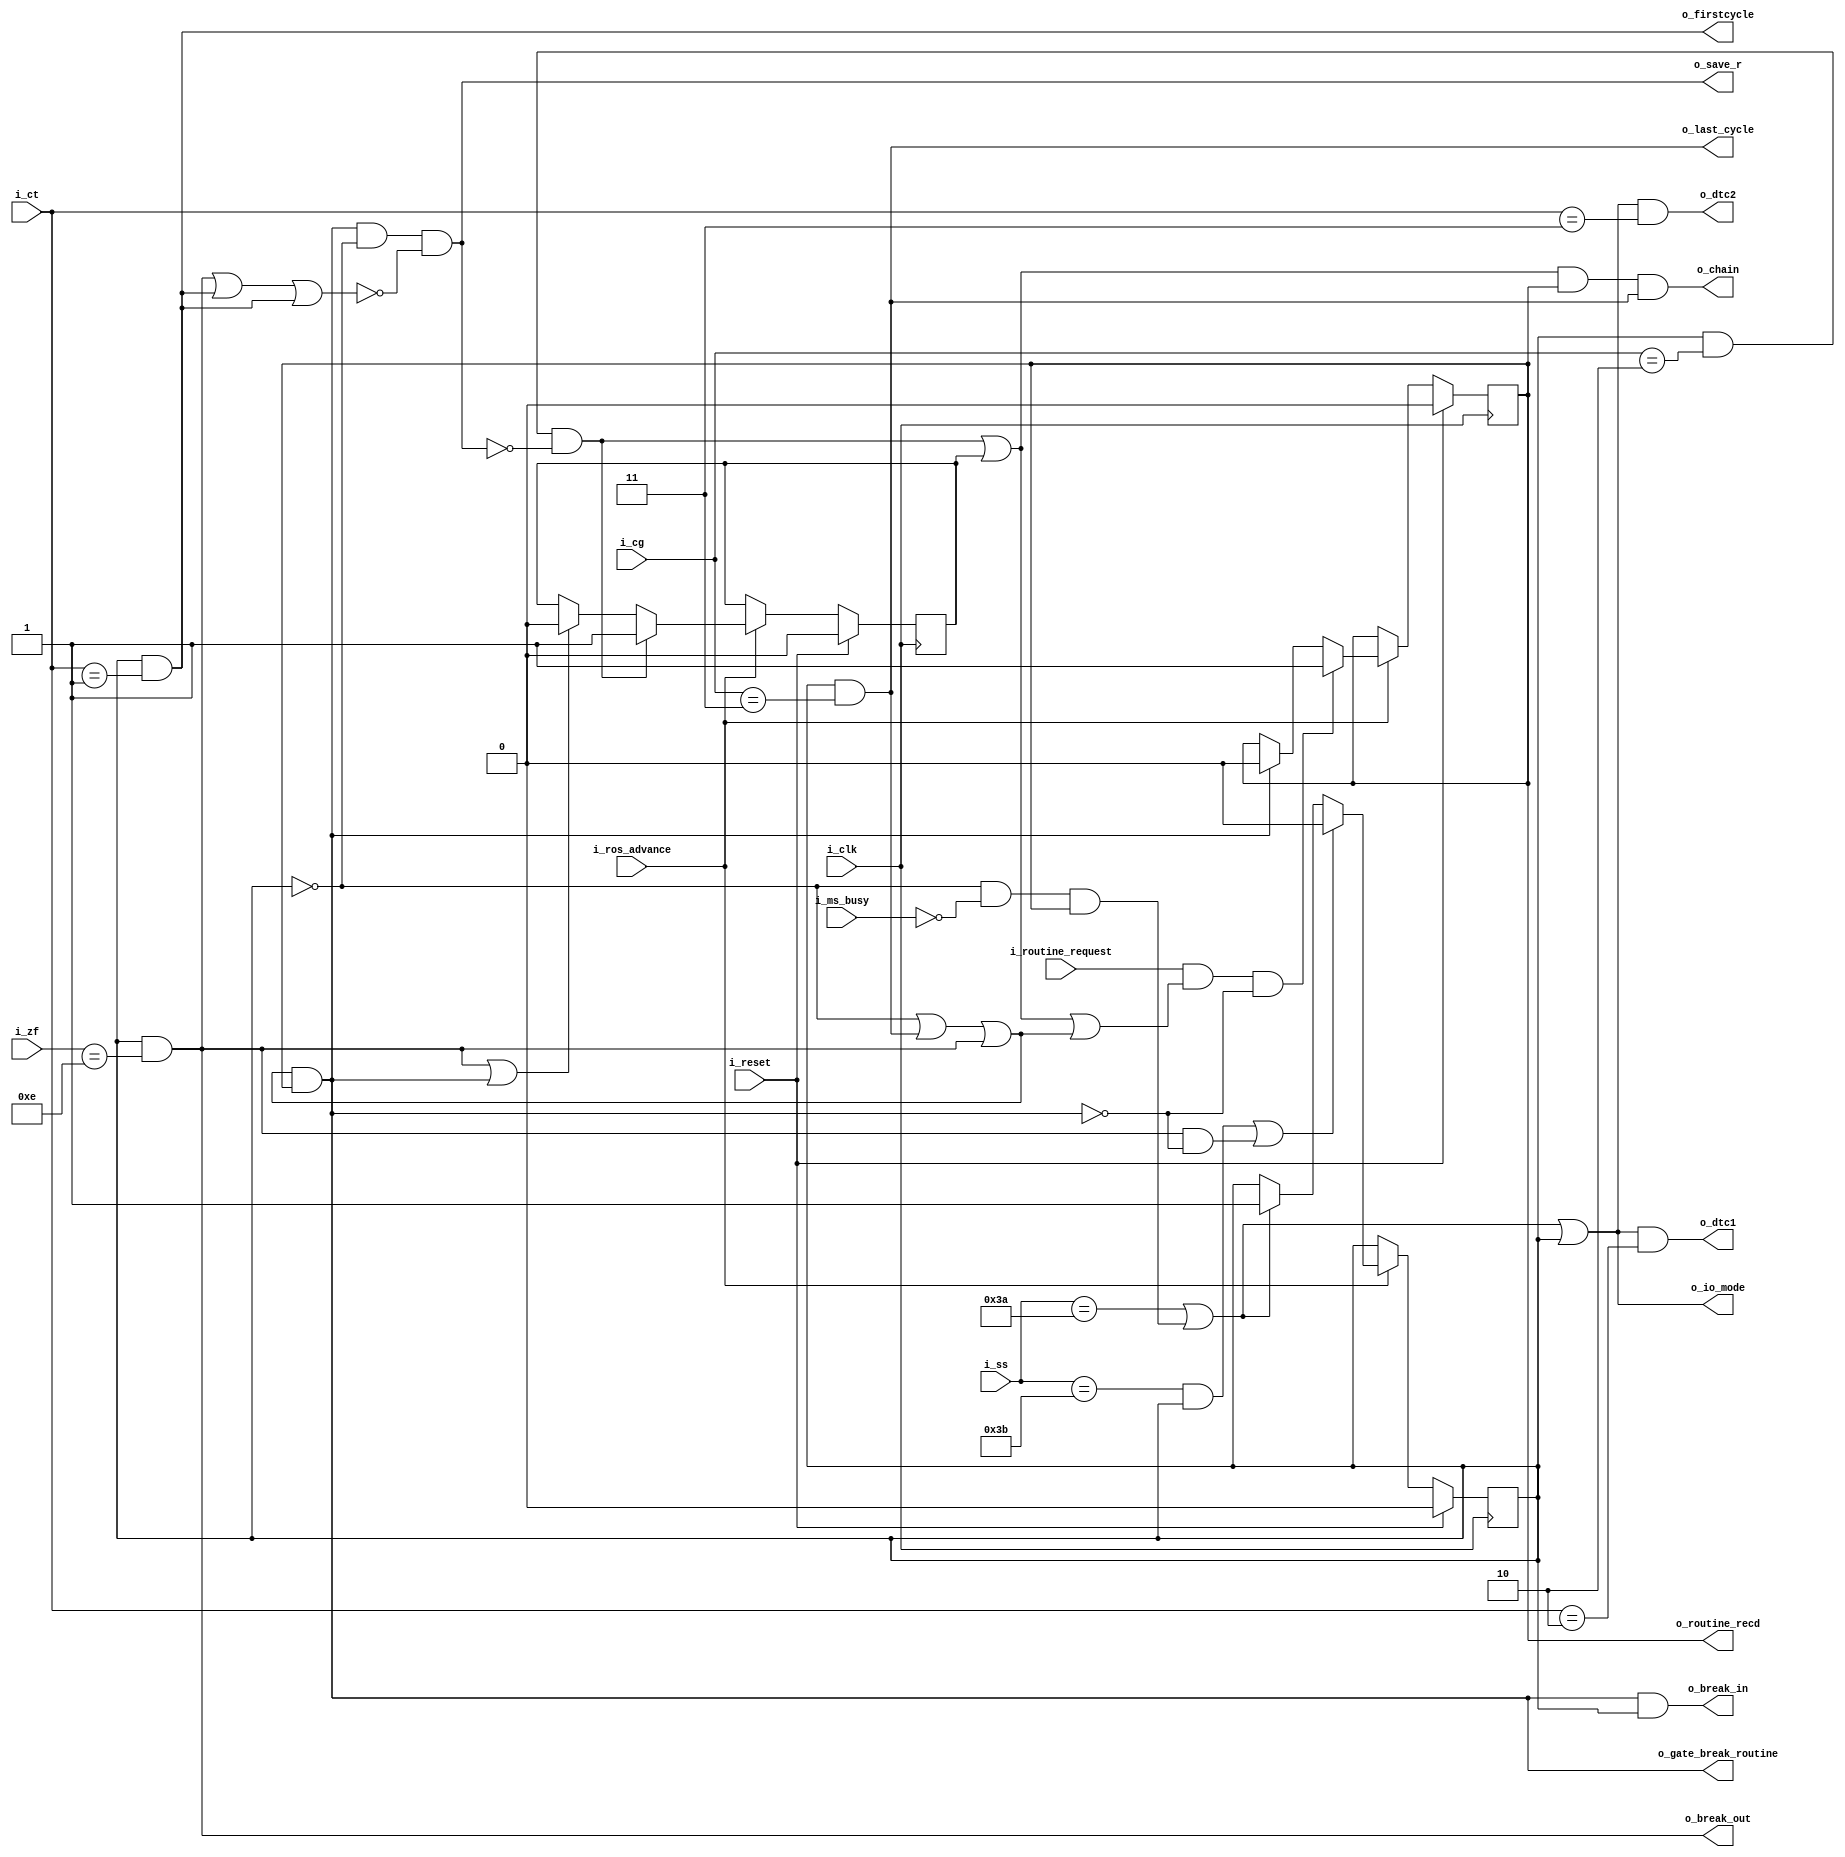
`default_nettype   none
// 2050 break in
//
// 2050 byte stats
// 2050 Control Field Specification
// CFC 112 - 2050 control field specification - cpu mode (ss)
// [pdf page 13]
//
// Y22-2827-0
// 360/50 Multiplexor Channel FETOM
// description pages 6,28-33 [pdf 6,28-33]
// figure 19 pages 29-30 [pdf 29-30]
// timing is shown in detail, but there's little information about
// the circuits used to achieve the result.

module x2050br (i_clk, i_reset,
i_ros_advance,
i_ms_busy,
i_zf,
i_ct,
i_cg,
i_ss,
i_routine_request,
o_routine_recd,
o_io_mode,
o_firstcycle,
o_dtc1,
o_dtc2,
o_gate_break_routine,
o_save_r,
o_break_in,
o_chain,
o_last_cycle,
o_break_out);

input wire i_clk;
input wire i_reset;
input wire i_ros_advance;
input wire i_ms_busy;
input wire [3:0] i_zf;
input wire [2:0] i_ct;
input wire [1:0] i_cg;
input wire [5:0] i_ss;
input wire i_routine_request;
output reg o_routine_recd;
output wire o_io_mode;
output wire o_firstcycle;
output wire o_dtc1;
output wire o_dtc2;
output wire o_gate_break_routine;
output wire o_save_r;
output wire o_break_in;
output wire o_chain;
output wire o_last_cycle;
output wire o_break_out;
wire one_pri;
wire ok_to_break_in;
wire cg2;
wire cg3;
reg break_out_delayed;
reg pri_was_set;
reg routine_mode;

wire set_routine_recd = i_routine_request & (one_pri | ok_to_break_in) & ~o_gate_break_routine;
wire clear_routine_recd = o_gate_break_routine;
wire set_iomode = (i_ss == 6'd58)
	| ((~routine_mode & ~i_ms_busy) & o_routine_recd)
	;
wire clear_iomode = (i_ss == 6'd59) & routine_mode
	| o_break_out & ~o_gate_break_routine
	;

assign o_firstcycle = routine_mode & (i_ct == 3'd1);

// XXX some ibm logic shows this as ignoring i_ct[2]...?
// such as Z22-2833-R page iop 111 [pdf 106]
assign o_dtc1 = o_io_mode & (i_ct == 3'd2);
assign o_dtc2 = o_io_mode & (i_ct == 3'd3);

assign o_break_out = routine_mode & (i_zf == 4'd14);

wire suppress_save_r = o_break_out | o_firstcycle | o_firstcycle;

assign ok_to_break_in = (~routine_mode
| o_last_cycle
| o_break_out
);

assign o_gate_break_routine = ok_to_break_in & o_routine_recd;
assign o_break_in = o_gate_break_routine & routine_mode;
assign o_save_r = o_gate_break_routine & ~routine_mode & ~suppress_save_r;
assign cg2 = routine_mode & (i_cg == 2'd2) & ~o_save_r;
assign cg3 = routine_mode & (i_cg == 2'd3);

assign one_pri = cg2 | pri_was_set;

assign o_chain = one_pri & o_routine_recd & o_last_cycle;

assign o_last_cycle = cg3;
assign o_io_mode = set_iomode | routine_mode;

always @(posedge i_clk) begin
	if (i_reset)
		break_out_delayed <= 0;
	else break_out_delayed <= o_break_out;
end

always @(posedge i_clk) begin
	if (i_reset)
		pri_was_set <= 0;
	else if (!i_ros_advance)
		;
	else if (cg2)
		pri_was_set <= 1;
	else if (o_break_out | o_gate_break_routine)
		pri_was_set <= 0;
end

always @(posedge i_clk) begin
	if (i_reset)
		o_routine_recd <= 0;
	else if (!i_ros_advance)
		;
	else if (set_routine_recd)
		o_routine_recd <= 1;
	else if (clear_routine_recd)
		o_routine_recd <= 0;
end

// io_mode bit: kc531
// ss_decode to set io_mode: ks671
always @(posedge i_clk)
	if (i_reset) begin
		routine_mode <= 1'b0;
	end else if (!i_ros_advance)
		;
	else if (clear_iomode)
		routine_mode <= 1'b0;
	else if (set_iomode)
		routine_mode <= 1'b1;
endmodule